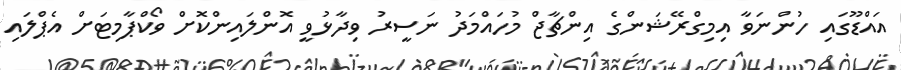
އައްޑޫގައި ހުންނަވާ އިމިގްރޭޝަންގެ އިންޗާޖް މުހައްމަދު ނަސީރު ވިދާޅުވީ އޮންލައިންކޮށް ވޯކްޕާމިޓަށް އެޕްލައި